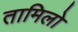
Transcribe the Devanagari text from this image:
तामिलो